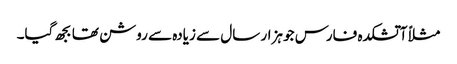
مثلاً آتشکدہ فارس جو ہزار سال سے زیادہ سے روشن تھا بجھ گیا۔